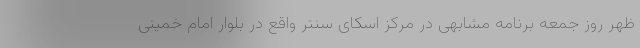
ظهر روز جمعه برنامه مشابهی در مرکز اسکای سنتر واقع در بلوار امام خمینی